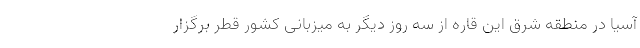
آسیا در منطقه شرق این قاره از سه روز دیگر به میزبانی کشور قطر برگزار